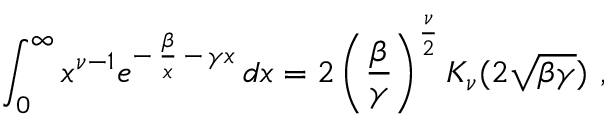
\int _ { 0 } ^ { \infty } x ^ { \nu - 1 } e ^ { - \, { \frac { \beta } { x } } \, - \, \gamma x } \, d x = 2 \left( { \frac { \beta } { \gamma } } \right) ^ { { \frac { \nu } { 2 } } } K _ { \nu } ( 2 \sqrt { \beta \gamma } ) \ ,